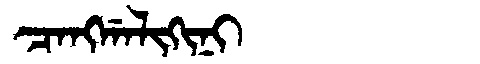
Manchu: ᠴᠠᠩᡤᠠᠯᡳᡴᡳᠨᡳ
Romanization: CANGGALIKINI